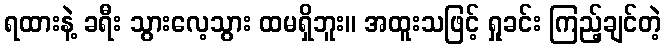
ရထားနဲ့ ခရီး သွားလေ့သွား ထမရှိဘူး။ အထူးသဖြင့် ရှုခင်း ကြည့်ချင်တဲ့